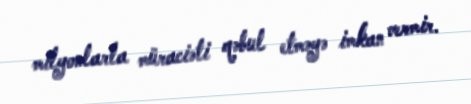
milyonlarla müraciəti qəbul etməyə imkan vermir.